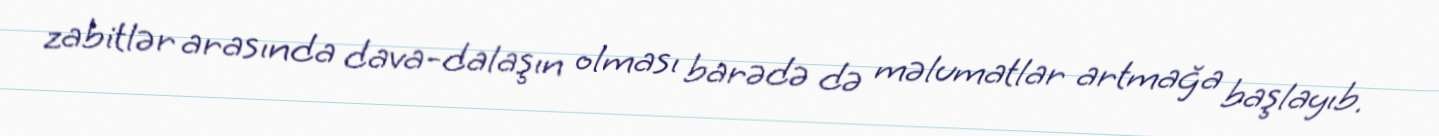
zabitlər arasında dava-dalaşın olması barədə də məlumatlar artmağa başlayıb.